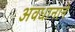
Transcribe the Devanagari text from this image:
अवधानाने